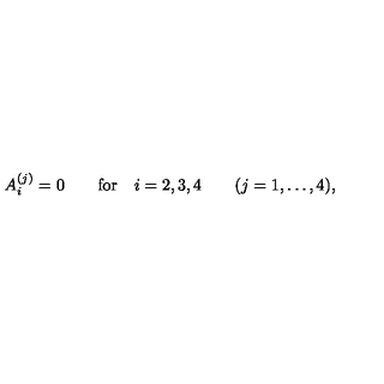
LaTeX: A _ { i } ^ { ( j ) } = 0 \qquad \mathrm { f o r } \quad i = 2 , 3 , 4 \qquad ( j = 1 , \dots , 4 ) ,